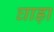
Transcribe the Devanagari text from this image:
घाड़ा